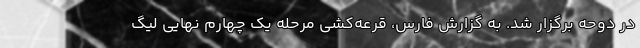
در دوحه برگزار شد. به گزارش فارس، قرعه‌کشی مرحله یک چهارم نهایی لیگ